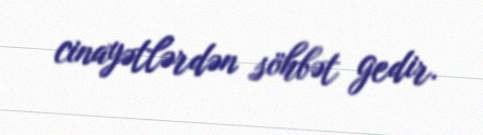
cinayətlərdən söhbət gedir.